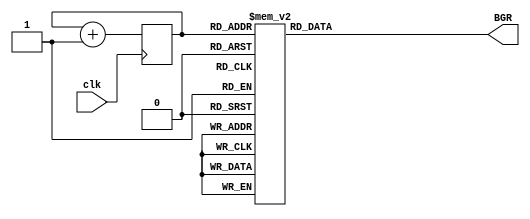
`timescale 1ns / 1ps


module RGB(clk, BGR);

input clk;
output [2:0] BGR;

reg [2:0]BGR;     //BGR
reg [2:0]state = 3'b000; //uses 3 bits to express 8 combo




  always @(posedge clk) //takes clock signal from 1 Hz
  begin
  state <= state + 1;
  end
  
  always @(state)
  begin
  case(state)//depends on current state
  3'b000: BGR <= 3'b001; //000->R
  
  3'b001: BGR <= 3'b010; //R -> G
  3'b010: BGR <= 3'b011; //G -> GR
  3'b011: BGR <= 3'b100; //GR -> B
  3'b100: BGR <= 3'b101; //B ->BR
  3'b101: BGR <= 3'b110; //BR->BG
  3'b110: BGR <= 3'b111; //BG->BGR
  3'b111: BGR <= 3'b000; //BGR->000 
  endcase
  
  end
    

 
endmodule